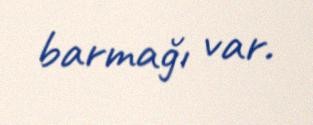
barmağı var.